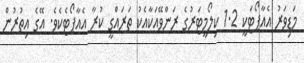
މަޑިވަރު އެއާޕޯޓަކީ 1.2 ކިލޯމީޓަރުގެ ރަންވޭއަކާއެކު ތަރައްގީ ކުރާ އެއާޕޯޓެކެވެ. އޭގެ އިތުރުން